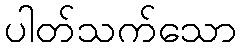
ပါတ်သက်သော